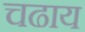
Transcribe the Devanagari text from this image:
चढाय